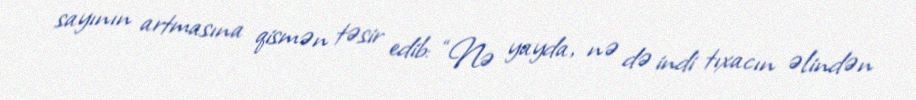
sayının artmasına qismən təsir edib: “Nə yayda, nə də indi tıxacın əlindən